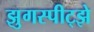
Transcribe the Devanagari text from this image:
झुगस्पीट्झे